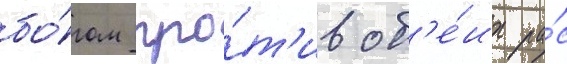
бо́гом про́т'ив об'е́их ра́с